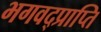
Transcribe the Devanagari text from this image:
भगवद्प्राप्ति